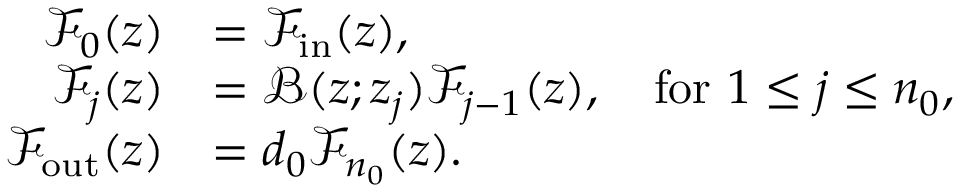
\begin{array} { r l } { \mathcal { F } _ { 0 } ( z ) } & { = \mathcal { F } _ { \mathrm { i n } } ( z ) , } \\ { \mathcal { F } _ { j } ( z ) } & { = \mathcal { B } ( z ; z _ { j } ) \mathcal { F } _ { j - 1 } ( z ) , \quad \mathrm { f o r } \ 1 \leq j \leq n _ { 0 } , } \\ { \mathcal { F } _ { \mathrm { o u t } } ( z ) } & { = d _ { 0 } \mathcal { F } _ { n _ { 0 } } ( z ) . } \end{array}